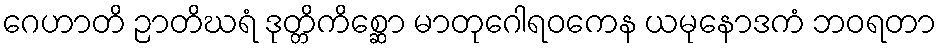
ဂေဟာတိ ဉာတိဃရံ ဒုတ္တိကိစ္ဆော မာတုဂေါရဝကေန ယမုနောဒကံ ဘဝရတာ